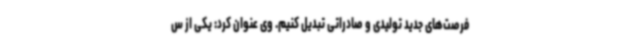
فرصت‌های جدید تولیدی و صادراتی تبدیل کنیم. وی عنوان کرد: یکی از س